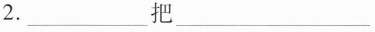
2.___把___